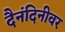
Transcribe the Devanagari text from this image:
दैनंदिनीवर